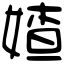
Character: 㜁